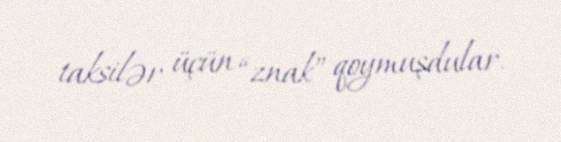
taksilər üçün “znak” qoymuşdular.